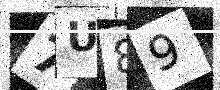
Text: 7U89